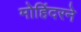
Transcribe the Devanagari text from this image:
मोहिंदरने